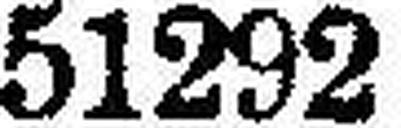
51292